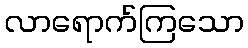
လာရောက်ကြသော